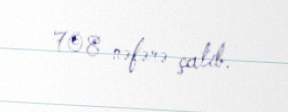
708 nəfərə çatıb.